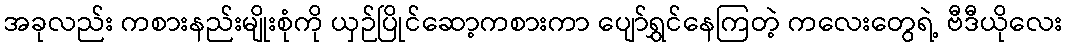
အခုလည်း ကစားနည်းမျိုးစုံကို ယှဉ်ပြိုင်ဆော့ကစားကာ ပျော်ရွှင်နေကြတဲ့ ကလေးတွေရဲ့ ဗီဒီယိုလေး